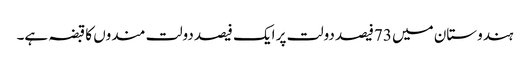
ہندوستان میں 73فیصد دولت پر ایک فیصد دولت مندوں کا قبضہ ہے۔